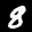
Label: 8